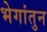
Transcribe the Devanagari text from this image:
भेगांतुन